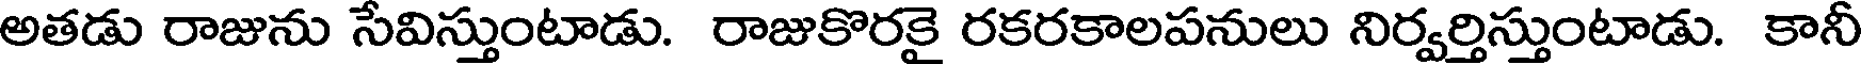
అతడు రాజును సేవిస్తుంటాడు. రాజుకొరకై రకరకాలపనులు నిర్వర్తిస్తుంటాడు. కానీ